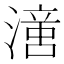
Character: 𣽢